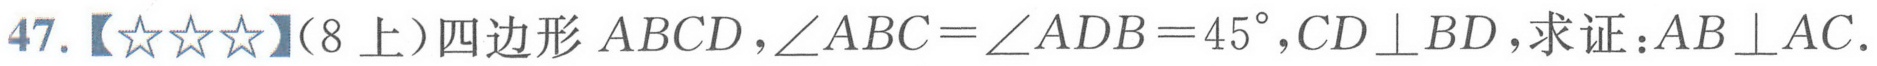
47.【★★★】（8上）四边形\(ABCD\)，\(\angle ABC = \angle ADB = 45^{\circ}\)，\(CD\perp BD\)，求证：\(AB\perp AC\).